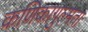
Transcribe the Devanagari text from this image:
कणिकागुल्मता